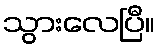
သွားလေပြီ။